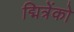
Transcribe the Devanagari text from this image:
द्मित्रेंको